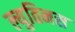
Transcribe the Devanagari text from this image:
ल्युतिनस